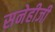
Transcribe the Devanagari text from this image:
सनेहीजी